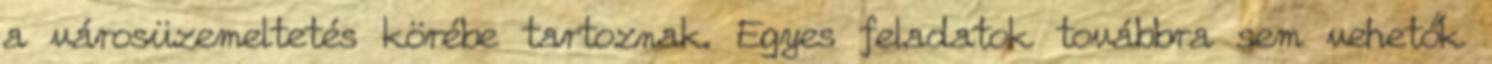
a városüzemeltetés körébe tartoznak. Egyes feladatok továbbra sem vehetők